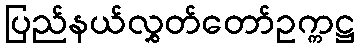
ပြည်နယ်လွှတ်တော်ဥက္ကဋ္ဌ